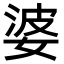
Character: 婆